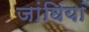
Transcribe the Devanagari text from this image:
जांघियां